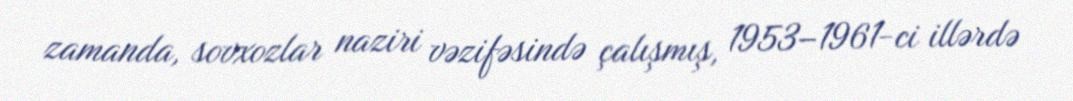
zamanda, sovxozlar naziri vəzifəsində çalışmış, 1953–1961-ci illərdə